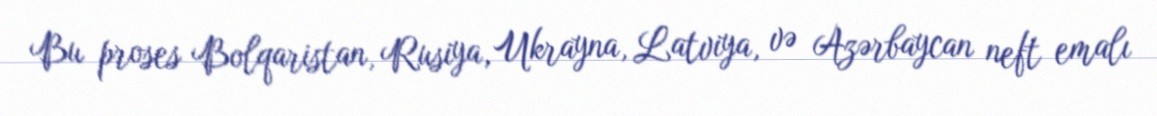
Bu proses Bolqaristan, Rusiya, Ukrayna, Latviya, və Azərbaycan neft emalı